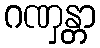
ဂဏှန္တာ